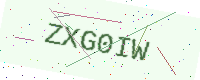
Text: ZXG0IW